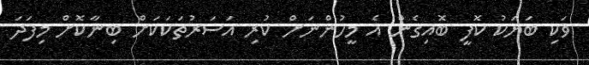
ވަކި ބަޔަކު ކޮފީ ބޮއިގެން އެ މީހުންނަށް ކުރި އަސަރުތަކަކަށް ބިނާކޮށް މިފަދަ